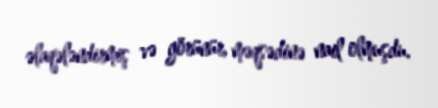
əlaqələndirmiş və görünür, məqsədinə nail olmuşdu.